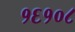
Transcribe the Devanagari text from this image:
१६१०८